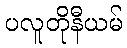
ပလူတိုနီယမ်